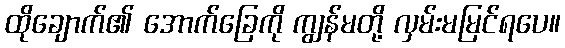
ထိုချောက်၏ အောက်ခြေကို ကျွန်မတို့ လှမ်းမမြင်ရပေ။